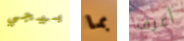
بيجي بما أعرف